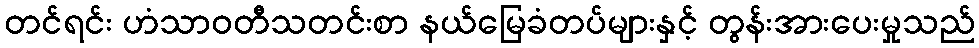
တင်ရင်း ဟံသာဝတီသတင်းစာ နယ်မြေခံတပ်များနှင့် တွန်းအားပေးမှုသည်